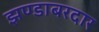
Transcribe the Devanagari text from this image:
झण्डाबरदार